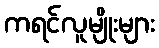
ကရင်လူမျိုးများ